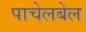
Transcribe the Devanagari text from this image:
पाचेलबेल